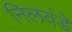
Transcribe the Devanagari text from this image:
निलवंडे